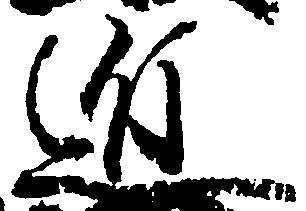
近